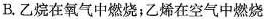
B.乙烷在氧气中燃烧;乙烯在空气中燃烧